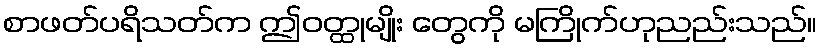
စာဖတ်ပရိသတ်က ဤဝတ္ထုမျိုး တွေကို မကြိုက်ဟုညည်းသည်။